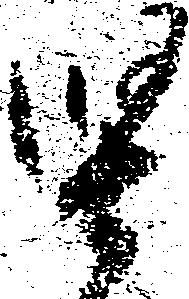
堅